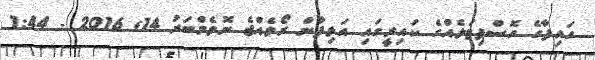
ހައިފާގެ ހޮސްޕިޓަލެއްގެ ކައިރީގައި އަލިފާން ރޯވެއްޖެ ނޮވެމްބަރު 14